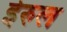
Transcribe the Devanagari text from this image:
ईरुल